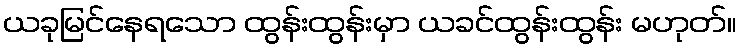
ယခုမြင်နေရသော ထွန်းထွန်းမှာ ယခင်ထွန်းထွန်း မဟုတ်။